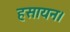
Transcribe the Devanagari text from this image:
हसायन।